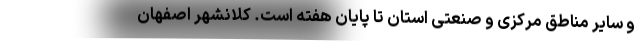
و سایر مناطق مرکزی و صنعتی استان تا پایان هفته است. کلانشهر اصفهان